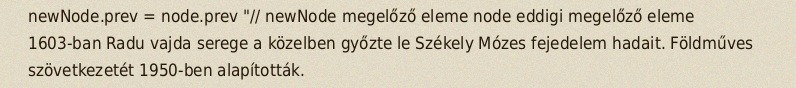
newNode.prev = node.prev "// newNode megelőző eleme node eddigi megelőző eleme 1603-ban Radu vajda serege a közelben győzte le Székely Mózes fejedelem hadait. Földműves szövetkezetét 1950-ben alapították.